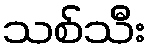
သစ်သီး